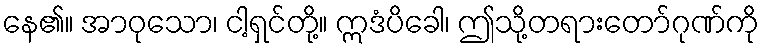
နေ၏။ အာဝုသော၊ ငါ့ရှင်တို့။ ဣဒံပိခေါ၊ ဤသို့တရားတော်ဂုဏ်ကို